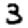
Digit: 3